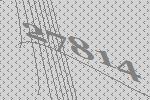
27814